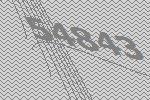
54843